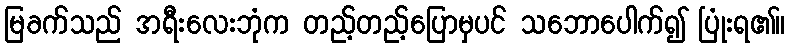
မြခက်သည် အရီးလေးဘုံက တည့်တည့်ပြောမှပင် သဘောပေါက်၍ ပြုံးရ၏။